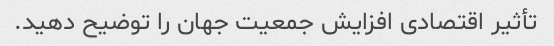
تأثیر اقتصادی افزایش جمعیت جهان را توضیح دهید.